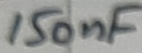
Text: 150nF